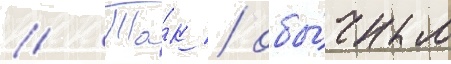
// Та́к / обы́чным